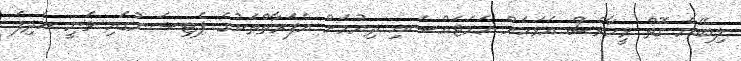
ލިބޭނެ ގޮތް ވީހާވެސް އަވަހަށް ހަމަޖައްސައި ދިނުމަށް އެފަރާތްތަކުގެ ޕެޓިޝަނުގައި ވަނީ އެދިފަ